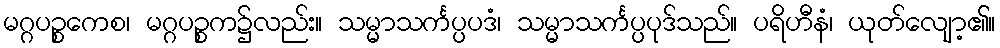
မဂ္ဂပဉ္စကေစ၊ မဂ္ဂပဉ္စက၌လည်း။ သမ္မာသင်္ကပ္ပပဒံ၊ သမ္မာသင်္ကပ္ပပုဒ်သည်။ ပရိဟီနံ၊ ယုတ်လျော့၏။